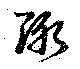
陬